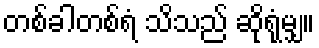
တစ်ခါတစ်ရံ သိသည် ဆိုရုံမျှ။